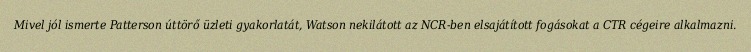
Mivel jól ismerte Patterson úttörő üzleti gyakorlatát, Watson nekilátott az NCR-ben elsajátított fogásokat a CTR cégeire alkalmazni.